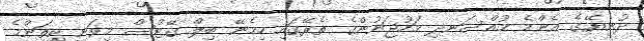
ދުނިޔޭގެ އެންމެ މުއްސަނދި މަހުޖަނުންގެ ތެރޭގައި ހިމެނޭ ބިލް ގޭޓްސް މިވަނީ ކިތަންމެ